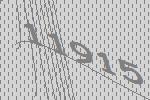
11915